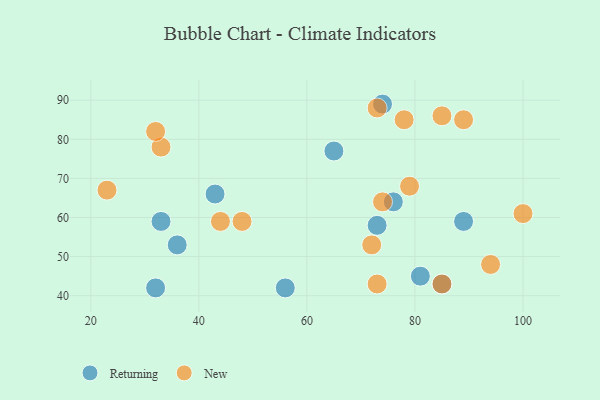
{"axis": {"x": "GDP", "y": "Life Expectancy"}, "legend": ["New", "Returning"], "data": [{"x": "65", "y": 77, "type": "Returning"}, {"x": "32", "y": 42, "type": "Returning"}, {"x": "33", "y": 59, "type": "Returning"}, {"x": "76", "y": 64, "type": "Returning"}, {"x": "89", "y": 59, "type": "Returning"}, {"x": "73", "y": 58, "type": "Returning"}, {"x": "56", "y": 42, "type": "Returning"}, {"x": "85", "y": 43, "type": "Returning"}, {"x": "36", "y": 53, "type": "Returning"}, {"x": "43", "y": 66, "type": "Returning"}, {"x": "74", "y": 89, "type": "Returning"}, {"x": "81", "y": 45, "type": "Returning"}, {"x": "94", "y": 48, "type": "New"}, {"x": "73", "y": 88, "type": "New"}, {"x": "89", "y": 85, "type": "New"}, {"x": "85", "y": 86, "type": "New"}, {"x": "74", "y": 64, "type": "New"}, {"x": "79", "y": 68, "type": "New"}, {"x": "72", "y": 53, "type": "New"}, {"x": "48", "y": 59, "type": "New"}, {"x": "44", "y": 59, "type": "New"}, {"x": "33", "y": 78, "type": "New"}, {"x": "23", "y": 67, "type": "New"}, {"x": "100", "y": 61, "type": "New"}, {"x": "78", "y": 85, "type": "New"}, {"x": "85", "y": 43, "type": "New"}, {"x": "73", "y": 43, "type": "New"}, {"x": "32", "y": 82, "type": "New"}]}